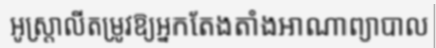
អូស្ត្រាលីតម្រូវឱ្យអ្នកតែងតាំងអាណាព្យាបាល